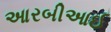
આરબીઆઈ